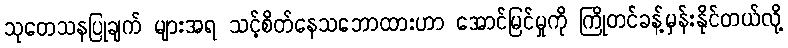
သုတေသနပြုချက် များအရ သင့်စိတ်နေသဘောထားဟာ အောင်မြင်မှုကို ကြိုတင်ခန့်မှန်းနိုင်တယ်လို့